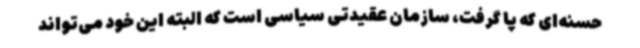
حسنه‌ای که پا گرفت، سازمان عقیدتی سیاسی است که البته این خود می‌تواند